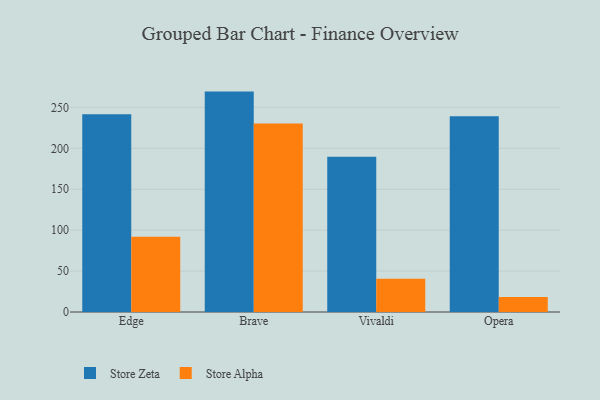
{"axis": {"x": "Browser", "y": "Gross Profit (USD K)"}, "legend": ["Store Alpha", "Store Zeta"], "data": [{"x": "Edge", "y": 241.7, "type": "Store Zeta"}, {"x": "Edge", "y": 92.0, "type": "Store Alpha"}, {"x": "Brave", "y": 269.3, "type": "Store Zeta"}, {"x": "Brave", "y": 230.3, "type": "Store Alpha"}, {"x": "Vivaldi", "y": 189.7, "type": "Store Zeta"}, {"x": "Vivaldi", "y": 40.7, "type": "Store Alpha"}, {"x": "Opera", "y": 239.2, "type": "Store Zeta"}, {"x": "Opera", "y": 18.4, "type": "Store Alpha"}]}